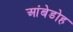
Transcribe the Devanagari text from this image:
आंबेडोह